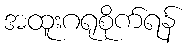
အထူးဂရုစိုက်ရန်